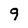
Character: 9